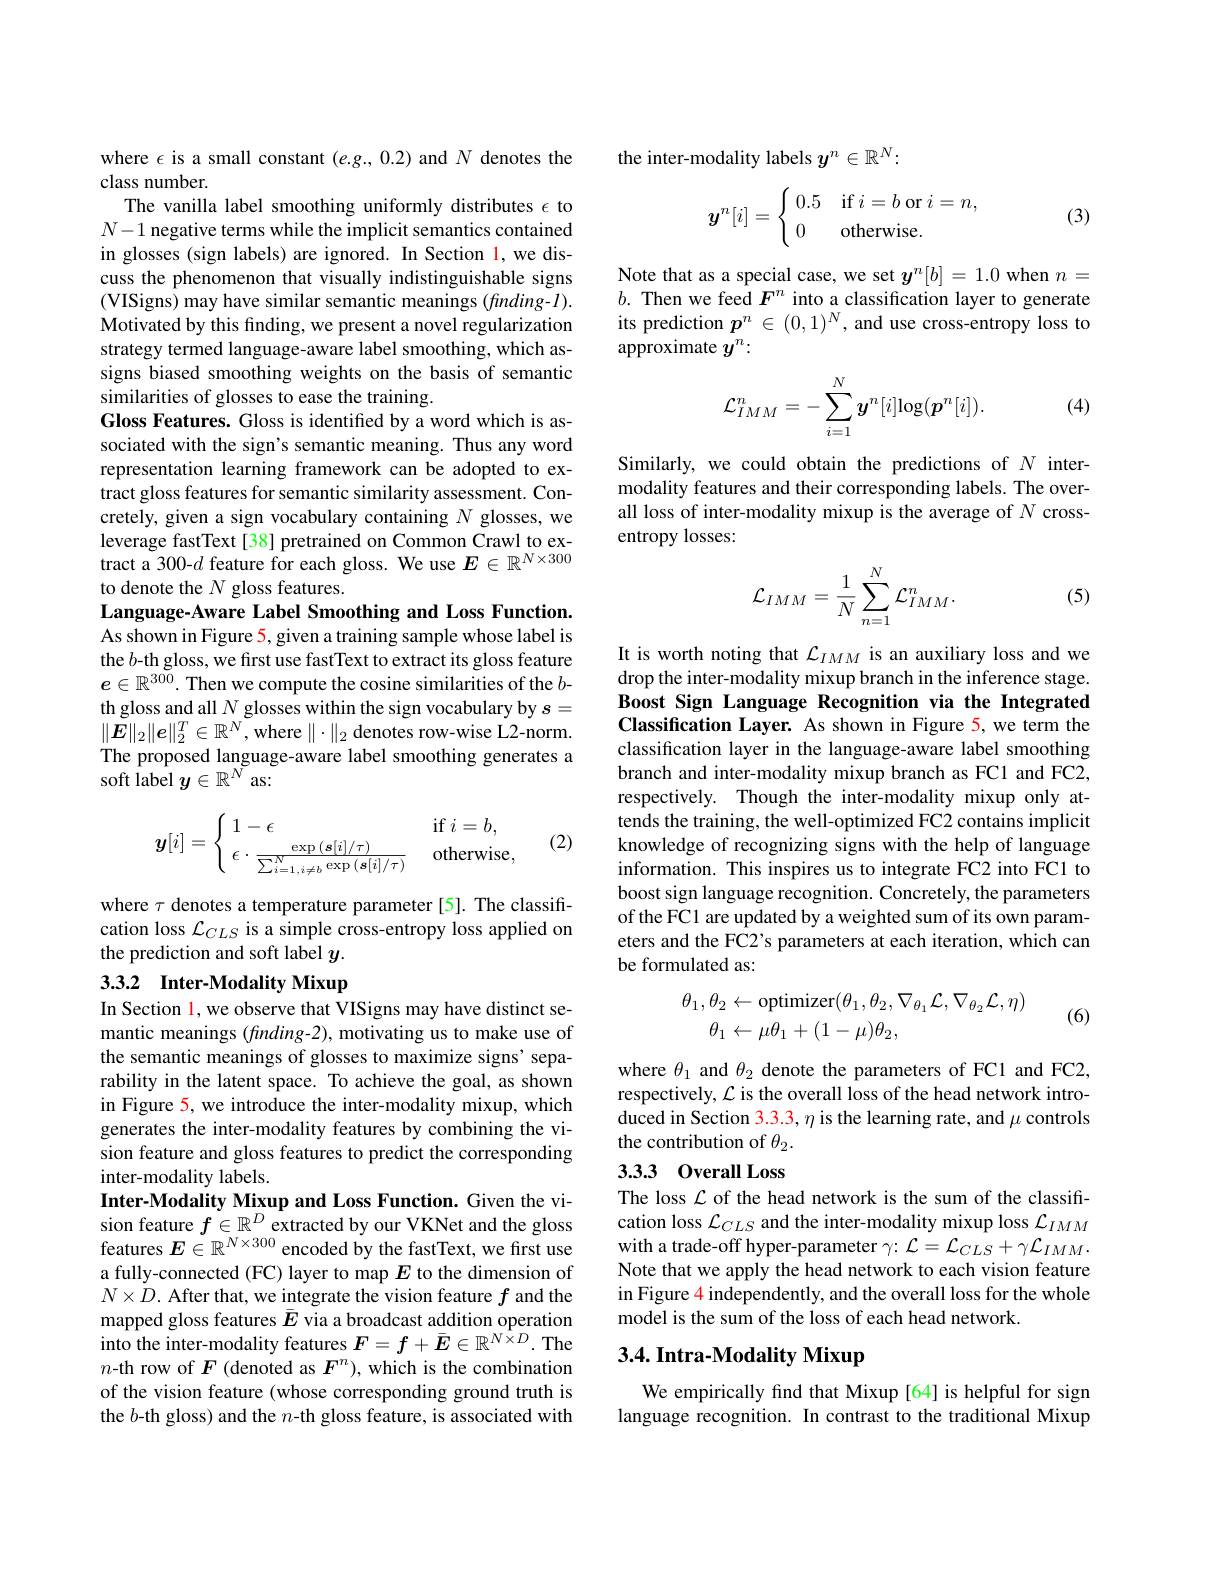
where $\epsilon$ is a small constant $(e.g.,0.2)$ and $N$ denotes the
class number
The vanilla label smoothing uniformly distributes $\epsilon$ to $N-1$ negative terms while the implicit semantics contained in glosses (sign labels) are ignored. In Section 1, we discuss the phenomenon that visually indistinguishable signs (VISigns) may have similar semantic meanings (finding-1). Motivated by this finding, we present a novel regularization strategy termed language-aware label smoothing, which assigns biased smoothing weights on the basis of semantic similarities of glosses to ease the training.
Gloss Features. Gloss is identified by a word which is associated with the sign's semantic meaning. Thus any word representation learning framework can be adopted to extract gloss features for semantic similarity assessment. Concretely, given a sign vocabulary containing $N$ glosses, we leverage fastText[38] pretrained on Common Crawl to extract a 300-$d$ feature for each gloss. We use $E\in\mathbb{R}^N\times300$ to denote the $N$ gloss features.
Language-Aware Label Smoothing and Loss Function. As shown in Figure 5, given a training sample whose label is the $b$-th gloss, we first use fastText to extract its gloss feature $e\in\mathbb{R}^{300}.$ Then we compute the cosine similarities of the $b-$ th gloss and all $N$ glosses within the sign vocabulary by $s=$ $\|\tilde{\boldsymbol{E}}\|_{2}\|\boldsymbol{e}\|_{2}^{T}\in\mathbb{R}^{N}$,where $\|\cdot\|_2$ denotes row-wise L2-norm. The proposed language-aware label smoothing generates a $\hat{\text{soft label }y}\in\mathbb{R}^{N}$as:

(2)
$$\boldsymbol{y}[i]=\left\{\begin{array}{ll}1-\epsilon&\quad\mathrm{if}\:i=b,\\\epsilon\cdot\frac{\exp{(\boldsymbol{s}[i]/\tau)}}{\sum_{i=1,\:i\neq b}^{N}\exp{(\boldsymbol{s}[i]/\tau)}}&\quad\mathrm{otherwise},\end{array}\right.$$
where $\tau$ denotes a temperature parameter[5]. The classification loss $\mathcal{L}_CLS$ is a simple cross-entropy loss applied on the prediction and soft label $y.$

# 3.3.2 Inter-Modality Mixup

In Section l, we observe that VISigns may have distinct semantic meanings (finding-2), motivating us to make use of the semantic meanings of glosses to maximize signs' separability in the latent space. To achieve the goal, as shown in Figure 5, we introduce the inter-modality mixup, which generates the inter-modality features by combining the vision feature and gloss features to predict the corresponding inter-modality labels.

Inter-Modality Mixup and Loss Function. Given the vision feature $f\in\mathbb{R}^D$ extracted by our VKNet and the gloss features $E\in\mathbb{R}^N\times300$ encoded by the fastText, we first use a fully-connected (FC) layer to map $E$ to the dimension of $N\times\dot{D}.$ After that, we integrate the vision feature $f$ and the mapped gloss features $\bar{E}$ via a broadcast addition operation into the inter-modality features $F=f+\bar{E}\in\mathbb{R}^{N\times D}.$ The $n$-th row of $F$ (denoted as $F^n)$, which is the combination of the vision feature (whose corresponding ground truth is the $b$-th gloss) and the $n$-th gloss feature, is associated with

the inter-modality labels $y^n\in\mathbb{R}^N:$
$$\boldsymbol{y}^n[i]=\begin{cases}\:0.5&\text{if}\:i=b\:\text{or}\:i=n,\\\:0&\text{otherwise}.\end{cases}$$
(3)

Note that as a special case, we set $y^n[b]=1.0$ when $n=$ $b.$ Then we feed $F^n$ into a classification layer to generate its prediction $p_n\in(0,1)^N$, and use cross-entropy loss to approximate $y^n:$
$$\mathcal{L}_{IMM}^n=-\sum_{i=1}^N\boldsymbol{y}^n[i]\mathrm{log}(\boldsymbol{p}^n[i]).$$
(4)

Similarly, we could obtain the predictions of $N$ intermodality features and their corresponding labels. The overall loss of inter-modality mixup is the average of $N$ crossentropy losses:
$$\mathcal{L}_{IMM}=\frac{1}{N}\sum_{n=1}^{N}\mathcal{L}_{IMM}^{n}.$$
(5)

It is worth noting that $\mathcal{L}_{IMM}$ is an auxiliary loss and we drop the inter-modality mixup branch in the inference stage. Boost Sign Language Recognition via the Integrated Classification Layer. As shown in Figure 5, we term the classification layer in the language-aware label smoothing branch and inter-modality mixup branch as FC1 and FC2, respectively. Though the inter-modality mixup only attends the training, the well-optimized FC2 contains implicit knowledge of recognizing signs with the help of language information. This inspires us to integrate FC2 into FC1 to boost sign language recognition. Concretely, the parameters of the FC1 are updated by a weighted sum of its own parameters and the FC2's parameters at each iteration, which can be formulated as:
$$\begin{array}{c}\theta_1,\theta_2\leftarrow\mathrm{optimizer}(\theta_1,\theta_2,\nabla_{\theta_1}\mathcal{L},\nabla_{\theta_2}\mathcal{L},\eta)\\\theta_1\leftarrow\mu\theta_1+(1-\mu)\theta_2,\end{array}$$
(6)

where $\theta_1$ and $\theta_2$ denote the parameters of FC1 and FC2, respectively, $\mathcal{L}$ is the overall loss of the head network introduced in Section 3.3.3, $\eta$ is the learning rate, and $\mu$ controls the contribution of $\theta_2.$

## 3.3.3 0verall Loss

The loss $\mathcal{L}$ of the head network is the sum of the classification loss $\mathcal{L}_CLS$ and the inter-modality mixup loss $\mathcal{L}_IMM$ with a trade-off hyper-parameter $\gamma{:}\mathcal{L}=\mathcal{L}_C{LS}+\gamma\mathcal{L}_{IMM}.$ Note that we apply the head network to each vision feature in Figure 4 independently, and the overall loss for the whole model is the sum of the loss of each head network.

# 3.4. Intra- Modality Mixup

We empirically find that Mixup[64] is helpful for sign language recognition. In contrast to the traditional Mixup